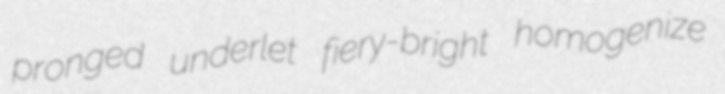
pronged underlet fiery-bright homogenize